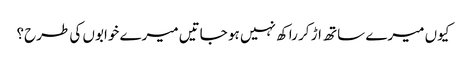
کیوں میرے ساتھ اڑ کر راکھ نہیں ہو جاتیں میرے خوابوں کی طرح؟